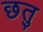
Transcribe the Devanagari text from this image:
छतु